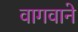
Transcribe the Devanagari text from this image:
वागवाने